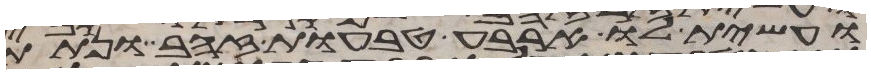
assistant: ועשית לו ארבע טבעות זהב ונתתה